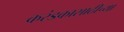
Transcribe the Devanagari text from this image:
करंडकासाठीच्या